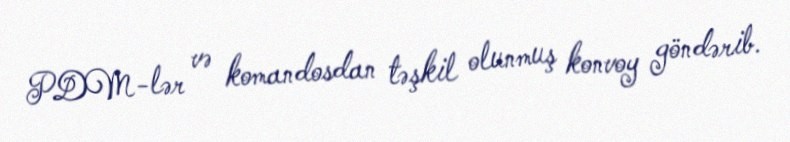
PDM-lər və komandosdan təşkil olunmuş konvoy göndərib.